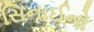
સિનાઈનો